Annual report on the health of the army in India
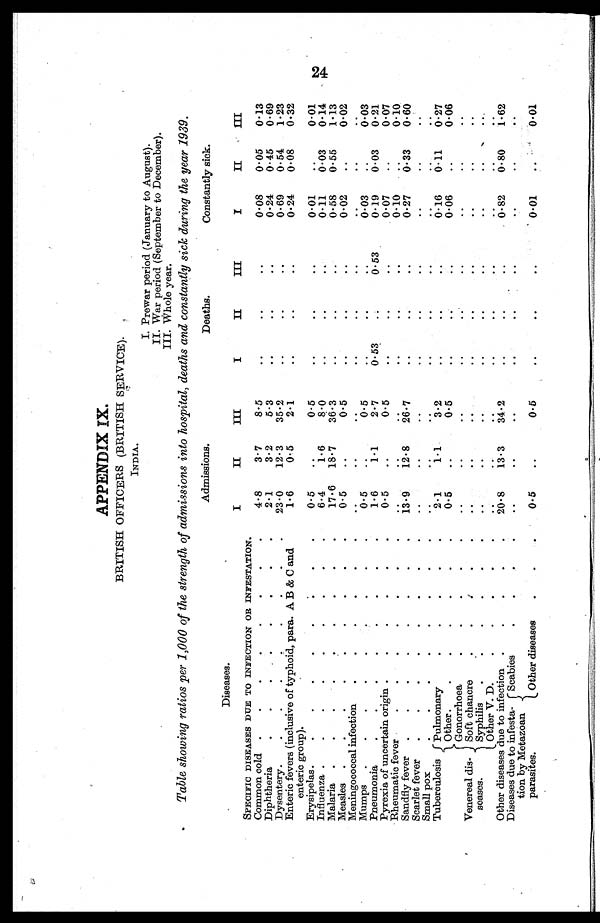
APPENDIX IX.
BRITISH OFFICERS (BRITISH SERVICE).
INDIA.
I. Prewar period (January to August).
II. War period (September to December).
III. Whole year.
Table showing ratios per 1,000 of the strength of admissions into hospital, deaths and constantly sick during the year 1939.
Diseases
.
Admissions.
Deaths.
Constantly sick.
I
II
III
I
II
III
I
II
III
SPECIFIC DISEASES DUE TO INFECTION OR INFESTATION.
Common cold
4.8
3.7
8.5
..
..
..
0.08
0.05
0.13
Diphtheria
2.1
3.2
5.3
..
..
..
0.24
0.45
0.69
Dysentery
23.0
12.3
35.2
..
..
..
0.69
0.54
1. 23
Enteric fevers (inclusive of typhoid, para. A B & C and
enteric group).
1.6
0.5
2.1
..
..
..
0.24
0.08
0.32
Erysipelas
0.5
..
0.5
..
..
..
0. 01
..
0.01
Influenza
6.4
1.6
8.0
..
..
0.11
0.03
0.14
Malaria.
17.6
18.7
36.3
..
..
0.58
0.55
1.13
Measles
0.5
..
0. 5
..
..
..
0.02
..
0.02
Meningococcal infection
..
..
..
..
..
..
..
. .
Mumps
0.5
..
0.5
..
..
..
0. 03
..
0.03
Pneumonia
1.6
1.1
2.7
0.53
0.53
0.19
0.03
0.21
Pyrexia of uncertain origin
0.5
..
0.5
..
..
..
0.07
..
0.07
Rheumatic fever
. .
..
..
0.10
..
0.10
Sandfly fever
13. 9
12. 8
26.7
..
. .
. .
0.27
0.33
0.60
Scarlet fever
..
..
. .
..
. .
. .
..
..
..
Small pox
..
..
. .
..
..
. . ..
..
..
Tuberculosis
Pulmonary
2.1
1.1
3. 2
..
. .
. .
0.16
0.11
0.27
Other
0.5
..
0.5
..
. .
..
0.06
..
0.06
Venereal dis
¬ seases.
Gonorrhoea
. .
..
..
..
..
..
..
..
Soft chancre
. .
..
..
. .
. .
. .
..
..
..
Syphilis
..
..
..
..
..
..
..
..
. .
Other V. D.
. . ..
..
. .
. .
. . ..
..
..
Other diseases due to infection .
20.8
13.3
34.2
. .
. .
. .
0.82
0.80
1.62
Diseases due to infesta
tion by Metazoan
parasites.
Scabies
. .
. .
..
. .
. .
. . ..
..
..
Other diseases
0.5
..
0.5
..
..
..
001
..
001